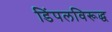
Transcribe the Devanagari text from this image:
डिंपलविरूद्ध